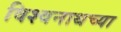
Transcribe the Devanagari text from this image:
विश्वनाथच्या